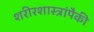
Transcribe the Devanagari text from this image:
शरीरशास्त्रांपैकी